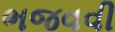
ભજવવી